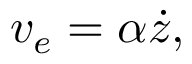
v _ { e } = \alpha \dot { z } ,